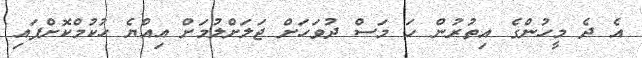
އެ ދެ މީހުންގެ އިތުރުން ހަ މަސް ދުވަހަށް ޖަލަށްލުމަށް އިއްޔެ ހުކުމްކޮށްފައި